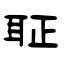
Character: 聇